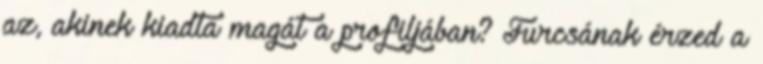
az, akinek kiadta magát a profiljában? Furcsának érzed a